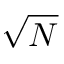
\sqrt { N }